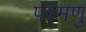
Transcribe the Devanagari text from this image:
परमणु